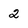
Character: 2